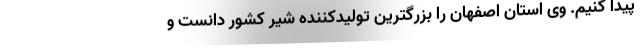
پیدا کنیم. وی استان اصفهان را بزرگترین تولیدکننده شیر کشور دانست و